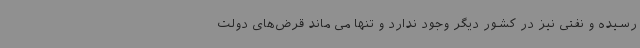
رسیده و نفتی نیز در کشور دیگر وجود ندارد و تنها می ماند قرض‌های دولت